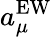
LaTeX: a_{\mu}^{\mathrm{EW}}